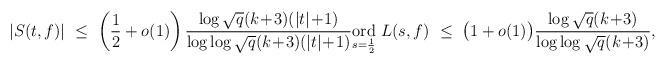
LaTeX: \begin{align*}|S(t,f)| \ \le \ \left(\frac{1}{2}+o(1) \right) \frac{\log \sqrt{q}(k\!+\!3)(|t|\!+\!1)}{\log \log \sqrt{q}(k\!+\!3)(|t|\!+\!1)} \underset{s=\frac12}{\mathrm{ord}} \ L(s,f) \ \le \ \big( 1+o(1) \big) \frac{\log \sqrt{q}(k\!+\!3)}{\log \log \sqrt{q}(k\!+\!3)},\end{align*}